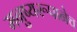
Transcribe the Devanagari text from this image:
मनुष्यरूपानेच